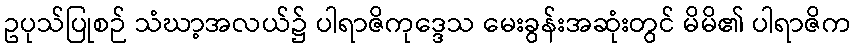
ဥပုသ်ပြုစဉ် သံဃာ့အလယ်၌ ပါရာဇိကုဒ္ဒေသ မေးခွန်းအဆုံးတွင် မိမိ၏ ပါရာဇိက